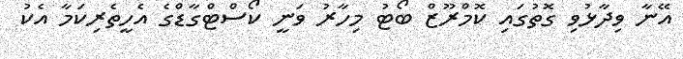
އޭނާ ވިދާޅުވި ގޮތުގައި ކޮމްރޫޒް ބޯޓު މިހާރު ވަނީ ކޯސްޓްގާޑްގެ އެހީތެރިކަމާ އެކު